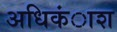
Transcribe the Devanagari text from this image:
अधिकंाश